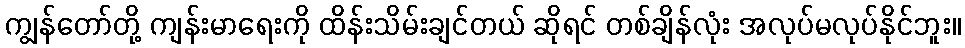
ကျွန်တော်တို့ ကျန်းမာရေးကို ထိန်းသိမ်းချင်တယ် ဆိုရင် တစ်ချိန်လုံး အလုပ်မလုပ်နိုင်ဘူး။